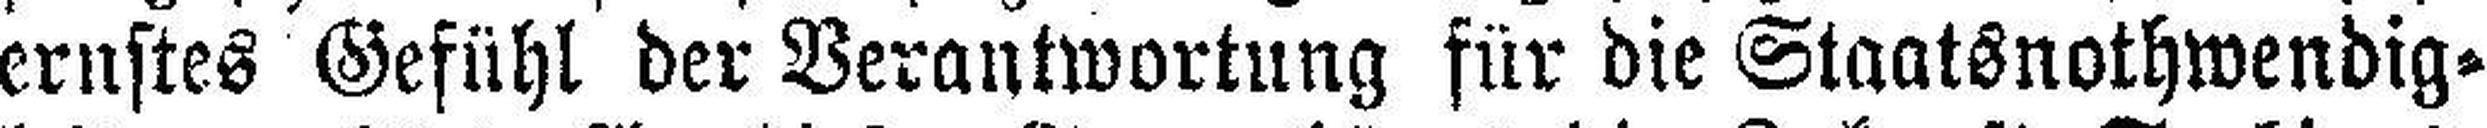
ernstes Gefühl der Verantwortung für die Staatsnothwendig¬